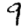
Digit: 9